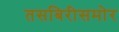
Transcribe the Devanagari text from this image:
तसबिरीसमोर